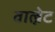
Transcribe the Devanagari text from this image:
वाल्नेट